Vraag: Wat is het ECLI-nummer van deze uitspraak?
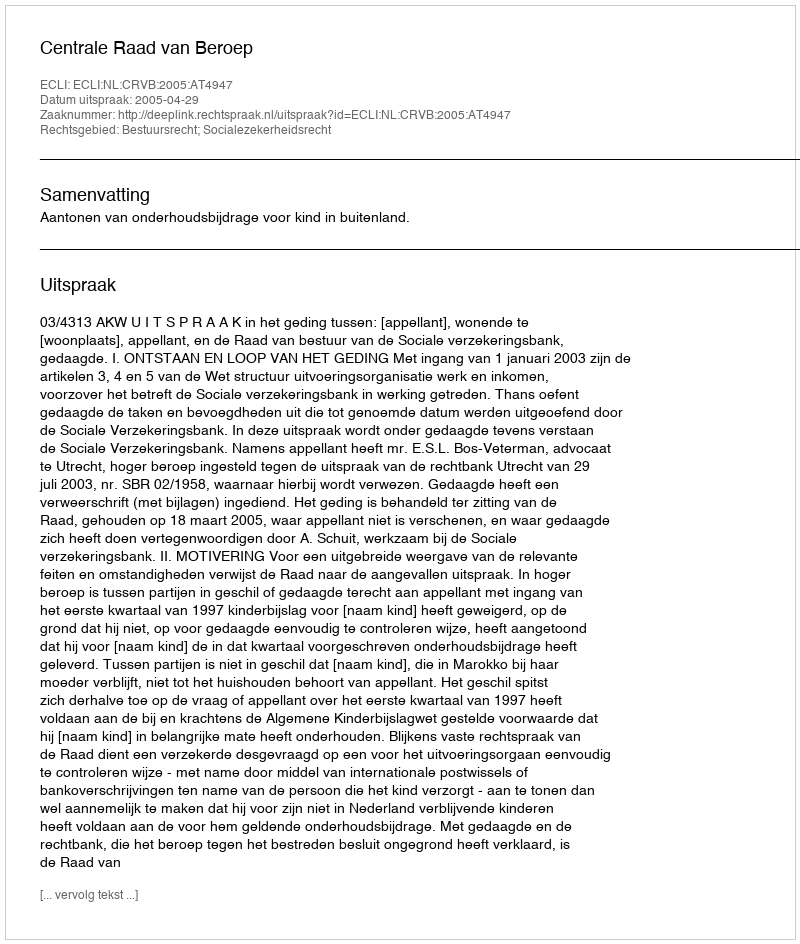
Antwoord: ECLI:NL:CRVB:2005:AT4947